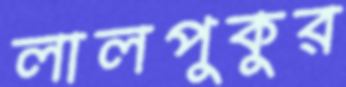
লালপুকুর